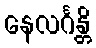
နေလင်္ဂန္တိ